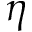
\eta